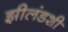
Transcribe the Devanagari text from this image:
झीलंडशी